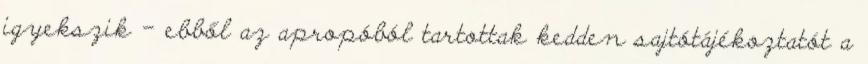
igyekszik – ebből az apropóból tartottak kedden sajtótájékoztatót a